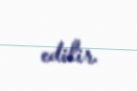
edilir.